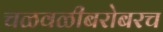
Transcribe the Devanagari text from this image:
चळवळीबरोबरच